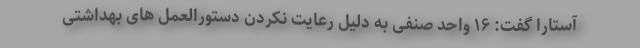
آستارا گفت: ۱۶ واحد صنفی به دلیل رعایت نکردن دستورالعمل های بهداشتی